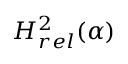
H _ { r e l } ^ { 2 } ( \alpha )